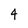
Character: 4